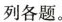
列各题。